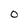
Character: O